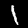
Digit: 1